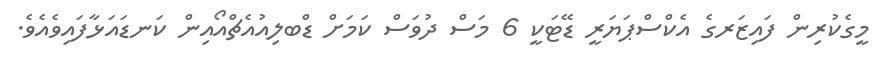
މީގެކުރިން ފައިޒަރގެ އެކްސްޕަޔަރީ ޑޭޓަކީ 6 މަސް ދުވަސް ކަމަށް ޑްބލިއުއެޗްއޯއިން ކަނޑައަޅާފައިވެއެވެ.